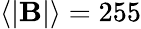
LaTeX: \langle\lvert\mathbf{B}\rvert\rangle=255